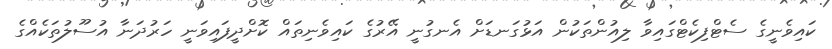
ކައިވެނީގެ ސެޓްފިކެޓްގައިވާ ލިއުންތަކުން އަޅުގަނޑަށް އެނގުނީ އޭރުގެ ކައިވެނިތައް ކޮށްދީފައިވަނީ ހަރުދަނާ އުސޫލުތަކެއްގެ